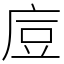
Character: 㢄